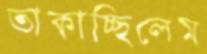
তাকাচ্ছিলেম